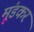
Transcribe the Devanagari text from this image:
मूंडकर